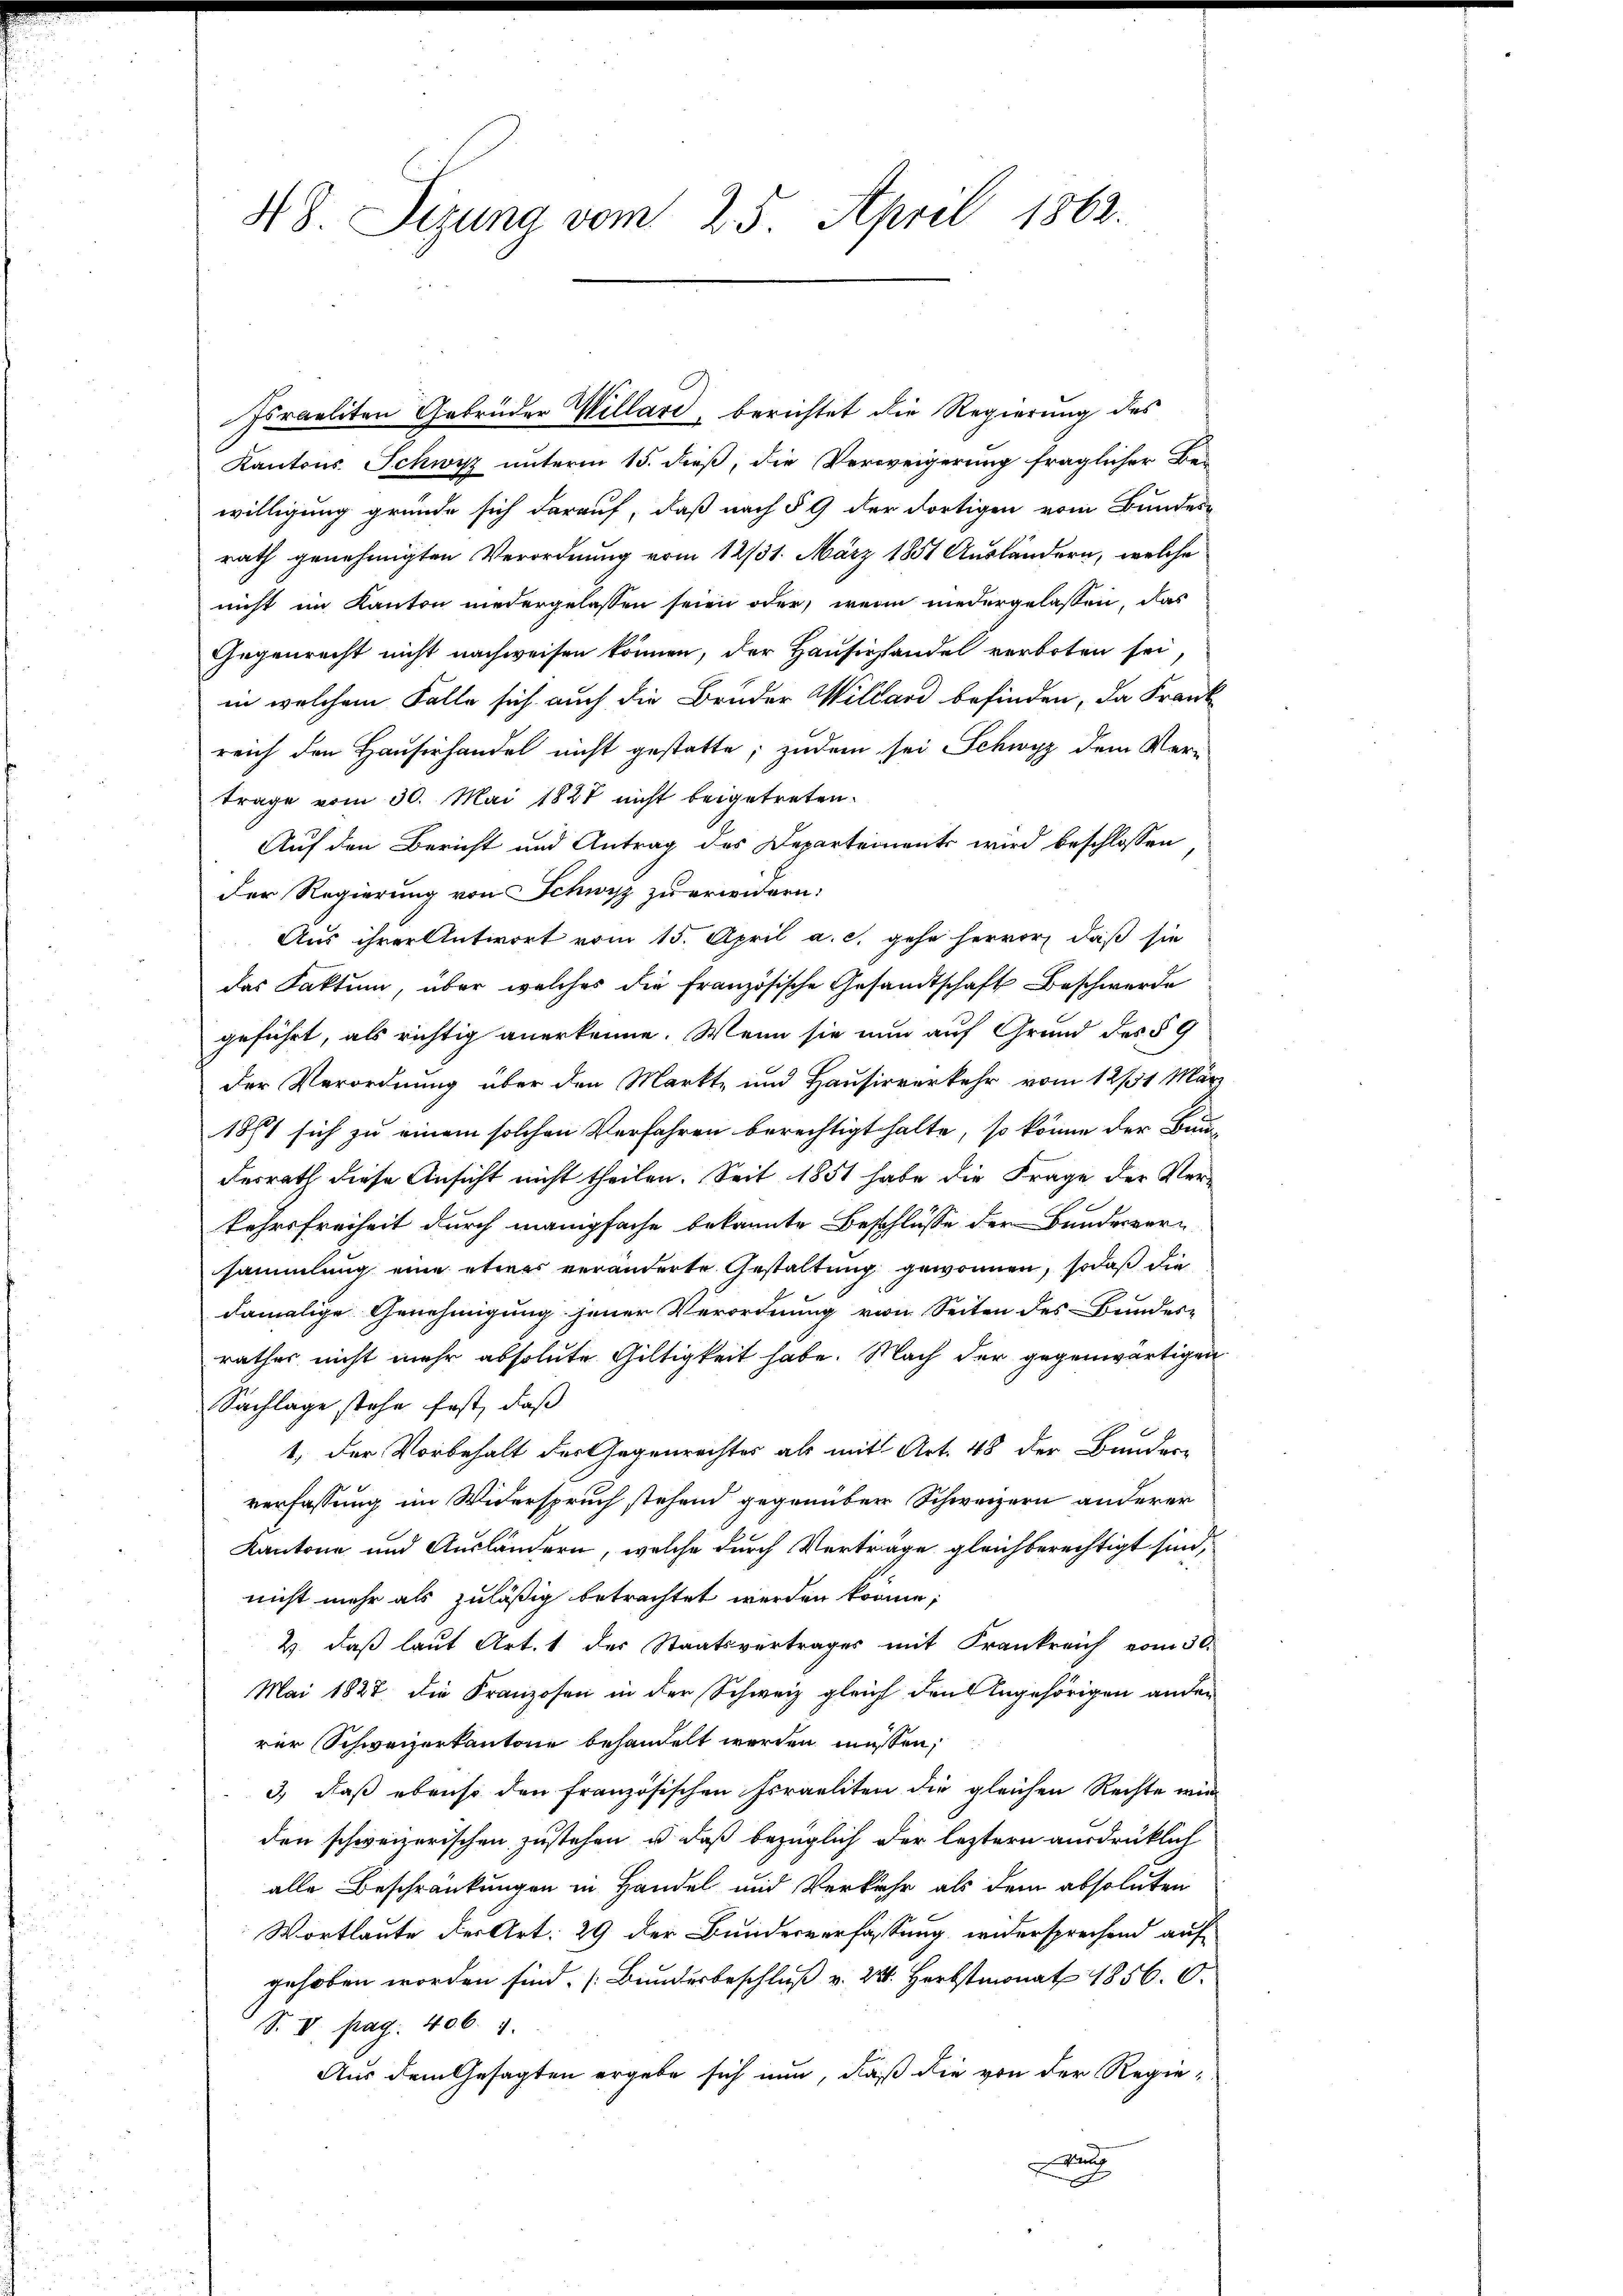
48. Sizung vom 25. April 1862.

Kantons Schwyz unterm 15. dieß, die Verweigerung fraglicher Bes
willigung gründe sich darauf, daß nach § 9 der dortigen vom Bundes-
rath genehmigten Verordnung vom 12/31. März 1851 Ausländern, welche
nicht im Kanton niedergelassen seien oder, wenn niedergelassen, das
Gegenrecht nicht nachweisen können, der Hausirhandel verboten sei,
in welchem Falle sich auch die Bruder Willard befinden, da Frank
reich den Hauserhandel nicht gestatte; zudem sei Schwyz dem Ver-
trage vom 30. Mai 1827 nicht beigetreten.
Auf den Bericht und Antrag des Departements wird beschlossen
der Regierung von Schwyz zu erwidern.
Aus ihrer Antwort vom 15. April a. c. gehe hervor, daß sie
das Faktum, über welches die Französische Gesandtschaft Beschwerde
geführt, als richtig anerkenne. Wenn sie nun auf Grund des § 9
der Verordnung über den Markt- und Hausirverkehr vom 12/31 März
1871 sich zu einem solchen Verfahren berechtigt halte, so könne der Bun-
derrath diese Ansicht nicht theilen. Seit 1851 habe die Frage der Verkehrsfreiheit durch manigfache bekannte Beschlüsse der Bundesversammlung eine etwas veränderte Gestaltung gewonnen, sodaß die
damalige Genehmigung jener Verordnung von Seiten des Bundes-
rathes nicht mehr absolute Giltigkeit habe. Nach der gegenwärtigen
Sachlage stehe fast, daß
1, der Vorbehalt der Gegenrechtes als mit Art. 48 der Bunder-
verfassung im Widerspruch stehend gegenüber Schweizern anderer
Kantone und Ausländern, welche durch Verträge gleichberechtigt sind,
nicht mehr als zuläßig betrachtet werden könne;
2. daß laut Art. 1 des Staatsvertrages mit Frankreich vom 30.
Mai 1827. die Franzosen in der Schweiz gleich den Angehörigen ander
rer Schweizerkantone behandelt werden müssen;
3) daß ebenso den französischen Israeliten die gleichen Rechte wir
den schweizerischen zustehen, u. daß bezüglich der leztern ausdrücklich
alle Beschränkungen in Handel und Verkehr als dem absoluten
Wortlaute der Art: 29 der Bundesverfassung widersprechend auf
gehoben worden sind. (Bundesbeschluß v. 24. Herbstmonat 1856. 0.
S. V. pag. 406. 1.
Aus dem Gesagten ergebe sich nun, daß die von der Regie¬
u

Israeliten Gebrüder Willard, berichtet die Regierung des